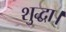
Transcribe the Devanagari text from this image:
शुद्धा।